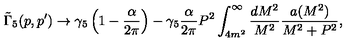
\tilde { \Gamma } _ { 5 } ( p , p ^ { \prime } ) \to \gamma _ { 5 } \left( 1 - \frac { \alpha } { 2 \pi } \right) - \gamma _ { 5 } \frac { \alpha } { 2 \pi } P ^ { 2 } \int _ { 4 m ^ { 2 } } ^ { \infty } \frac { d M ^ { 2 } } { M ^ { 2 } } \frac { a ( M ^ { 2 } ) } { M ^ { 2 } + P ^ { 2 } } ,